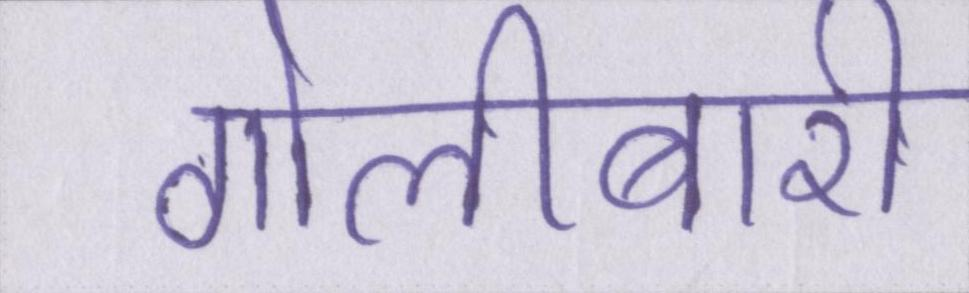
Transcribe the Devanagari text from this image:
गोलीबारी